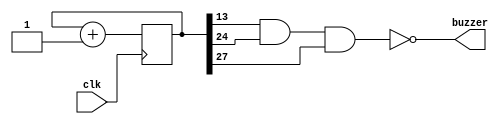
/*
** beep.v
**
**
*/

module beep( input wire clk, output wire buzzer );
		// Variaveis: Contador e estado do buzzer
		reg beep_r;
		reg [27:0] count;
		
		// Bloco always, executado nas bordas de subida do clock, que inplementa 'count'
		always @ ( posedge clk )
		begin
				// Incrementar 'count'
				count <= count + 1'b1;
		end
		
		// Bloco always executado a cada mudanca de estado do 10 bit de "count"
		always @ ( count[9] )
		begin
				beep_r = !(count[13] & count[24] & count[27]);
		end
		
		// Atribuicao para o buzzer
		assign buzzer = beep_r;
endmodule